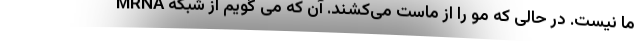
MRNA ما نیست. در حالی که مو را از ماست می‌کشند. آن که می گویم از شبکه